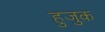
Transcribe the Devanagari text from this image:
हुजुक